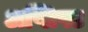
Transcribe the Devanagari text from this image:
अप्लिफ्ट